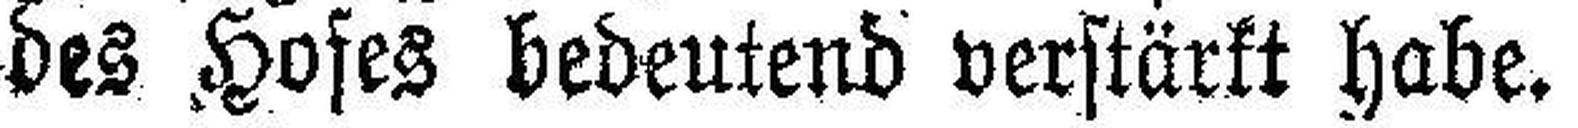
des Hofes bedeutend verstärkt habe.